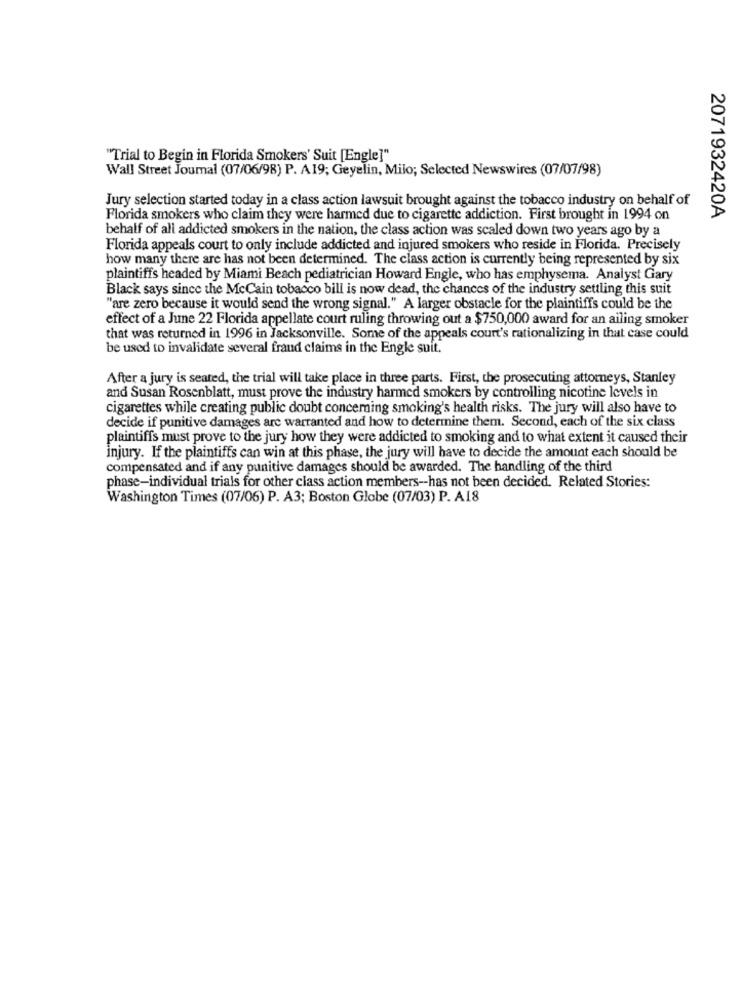
"Trial to Begin in Florida Smokers' Suit [Engle]"
Wall Street Journal (07/06/98) P. A19; Geyelin, Milo; Selected Newswires (07/07/98)
Jury selection started today in a class action lawsuit brought against the tobacco industry on behalf of
2071932420A
Florida smokers who claim they were harmed due to cigarette addiction. First brought in 1994 on
behalf of all addicted smokers in the nation, the class action was scaled down two years ago by a
Florida appeals court to only include addicted and injured smokers who reside in Florida. Precisely
how many there are has not been determined. The class action is currently being represented by six
plaintiffs headed by Miami Beach pediatrician Howard Engle, who has emphysema. Analyst Gary
Black says since the McCain tobacco bill is now dead, the chances of the industry settling this suit
"are zero because it would send the wrong signal." A larger obstacle for the plaintiffs could be the
effect of a June 22 Florida appellate court ruling throwing out a $750,000 award for an ailing smoker
that was returned in 1996 in Jacksonville. Some of the appeals court's rationalizing in that case could
be used to invalidate several fraud claims in the Engle suit.
After a jury is seated, the trial will take place in three parts. First, the prosecuting attorneys, Stanley
and Susan Rosenblatt, must prove the industry harmed smokers by controlling nicotine levels in
cigarettes while creating public doubt conceming smoking's health risks. The jury will also have to
decide if punitive damages arc warranted and how to determine them. Second, each of the six class
plaintiffs must prove to the jury how they were addicted to smoking and to what extent it caused their
injury. If the plaintiffs can win at this phase, the jury will have to decide the amount each should be
compensated and if any punitive damages should be awarded. The handling of the third
phase-individual trials for other class action members -- has not been decided. Related Stories:
Washington Times (07/06) P. A3; Boston Globe (07/03) P. A18